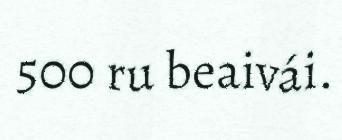
500 ru beaivái.